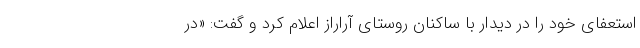
استعفای خود را در دیدار با ساکنان روستای آراراز اعلام کرد و گفت: «در